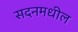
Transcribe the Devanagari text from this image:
सदनमधील